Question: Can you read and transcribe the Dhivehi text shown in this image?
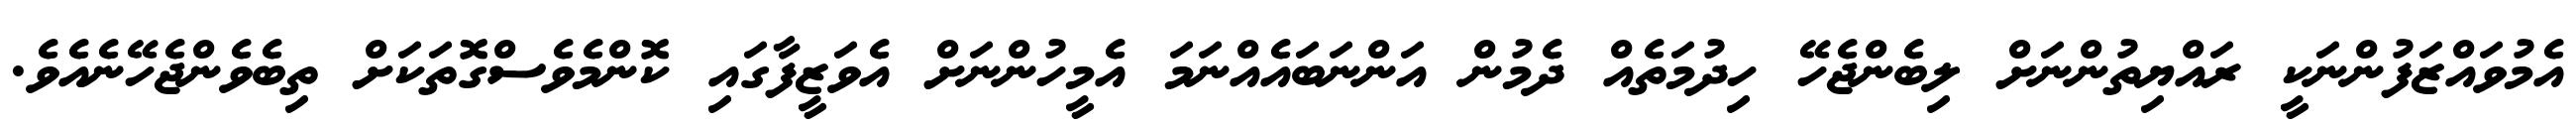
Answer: އެމުވައްޒަފުންނަކީ ރައްޔިތުންނަށް ލިބެންޖެހޭ ހިދުމަތެއް ދެމުން އަންނަބައެއްނަމަ އެމީހުންނަށް އެވަޒީފާގައި ކޮންމެވެސްގޮތަކަށް ތިބެވެންޖެހޭނެއެވެ.